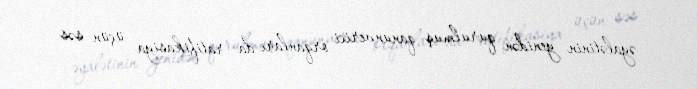
əyalətinin yenidən qurulmuş qanunverici orqanları da ratifikasiya üçün səs